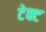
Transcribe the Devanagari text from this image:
टेक्ट